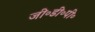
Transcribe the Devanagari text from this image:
जी॰डी॰पी॰